Vaccine operations Central Provinces 1900-1911 - 1900-1911
Year: 1900
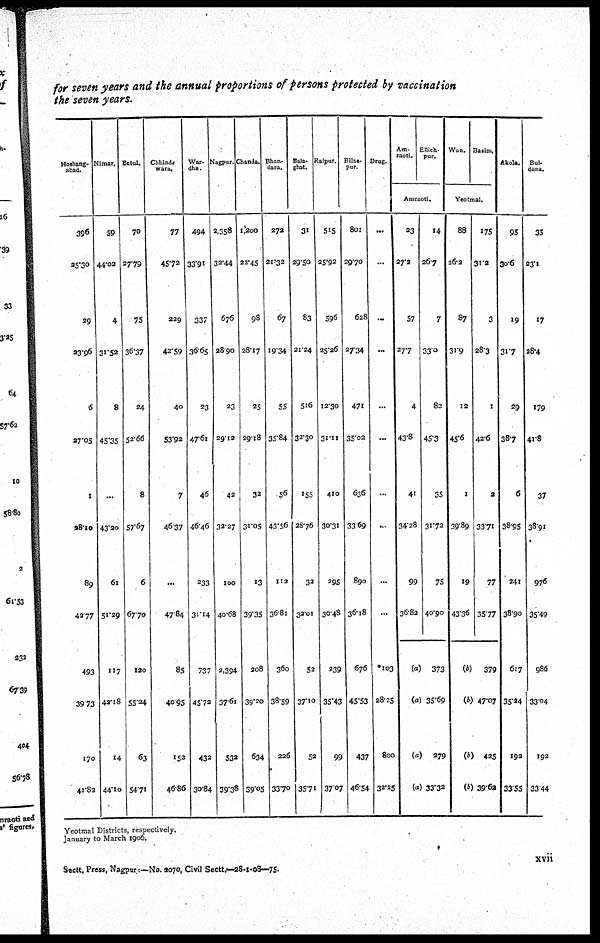
for seven years and the annual proportions of persons protected by vaccination
the seven years.
Hoshang¬
abad.
396
25.30
29
23.96
6
27.05
1
28.10
89
49.77
493
39.73
170
41.82
Nimar.
59
44.02
4
31.52
8
45.35
...
43.20
61
51.29
117
42.18
14
44.10
Betul.
70
27.79
75
36.37
24
52.66
8
57.67
6
67.70
120
55.24
63
54.71
Chhind¬
wara.
77
45.72
229
42.59
40
53.92
7
46.37
...
47.84
85
40.95
152
46.86
War¬
dha.
494
33.91
337
36.65
23
47.61
46
46.46
233
31.14
737
45.72
432
30.84
Nagpur.
2,358
32.44
676
28.90
23
29.12
42
32.27
100
40.68
2,394
37.61
532
39.38
Chanda.
1,200
22.45
98
28.17
25
29.18
32
31.05
13
39.35
208
39.20
634
39.05
Bhan¬
dara.
272
21.32
67
19.34
55
35.84
56
43.56
112
36.81
360
38.59
226
33.70
Bala.
ghat.
31
29.50
83
21.24
516
32.30
155
28.76
32
32.01
52
37.10
52
35.71
Raipur.
515
25.92
596
25.26
12.30
31.11
410
30.31
295
30.48
239
35.43
99
37.07
Bilas¬
pur.
801
29.70
628
27.34
471
35.02
636
33.69
890
36.18
676
45.53
437
46.54
Drag.
...
...
...
...
...
...
...
...
...
...
*103
28.25
800
32.25
Am¬
raoti.
Ellich¬
pur.
Amraoti.
23
27.2
57
27.7
4
43.8
41
34.28
99
36.82
(a)
(a)
(a)
(a)
14
26.7
7
33.0
82
45.3
35
31.72
75
40.90
373
35.69
279
33.32
Wun. Basim.
Yeotmal.
88
26.2
87
31.9
12
45.6
1
39.89
19
43.36
(b)
(b)
(b)
(b)
175
31.2
3
28.3
1
42.6
2
33.71
77
35.77
379
47.07
425
39.62
Akola.
95
30.6
19
31.7
29
38.7
6
38.95
241
38.90
617
35.24
192
33.55
Bul¬
dana.
35
23.1
17
28.4
179
41.8
37
38.91
976
35.49
986
33.04
192
33.44
Yeotmal Districts, respectively.
January to March 1906.
xvii
Sectt. Press, Nagpur:—No. 2070, Civil Sectt.—28-1-08—75.